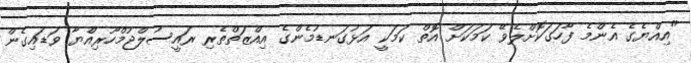
"އިއްޔެގެ އެންމެ ފާހަގަކޮށްލެވޭ ކަމަކަށް އޮތް ކަމަކީ އަޅުގަނޑުމެންގެ އިއްޒަތްތެރި ރައީސުލްޖުމްހޫރިއްޔާ ވަޑައިގެން